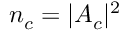
n _ { c } = | A _ { c } | ^ { 2 }